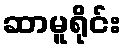
ဆာမူရိုင်း